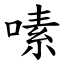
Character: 嗉